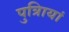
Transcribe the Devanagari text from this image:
पुत्रिायां